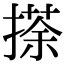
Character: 𢴉